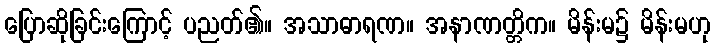
ပြောဆိုခြင်းကြောင့် ပညတ်၏။ အသာဓာရဏ။ အနာဏတ္တိက။ မိန်းမ၌ မိန်းမဟု